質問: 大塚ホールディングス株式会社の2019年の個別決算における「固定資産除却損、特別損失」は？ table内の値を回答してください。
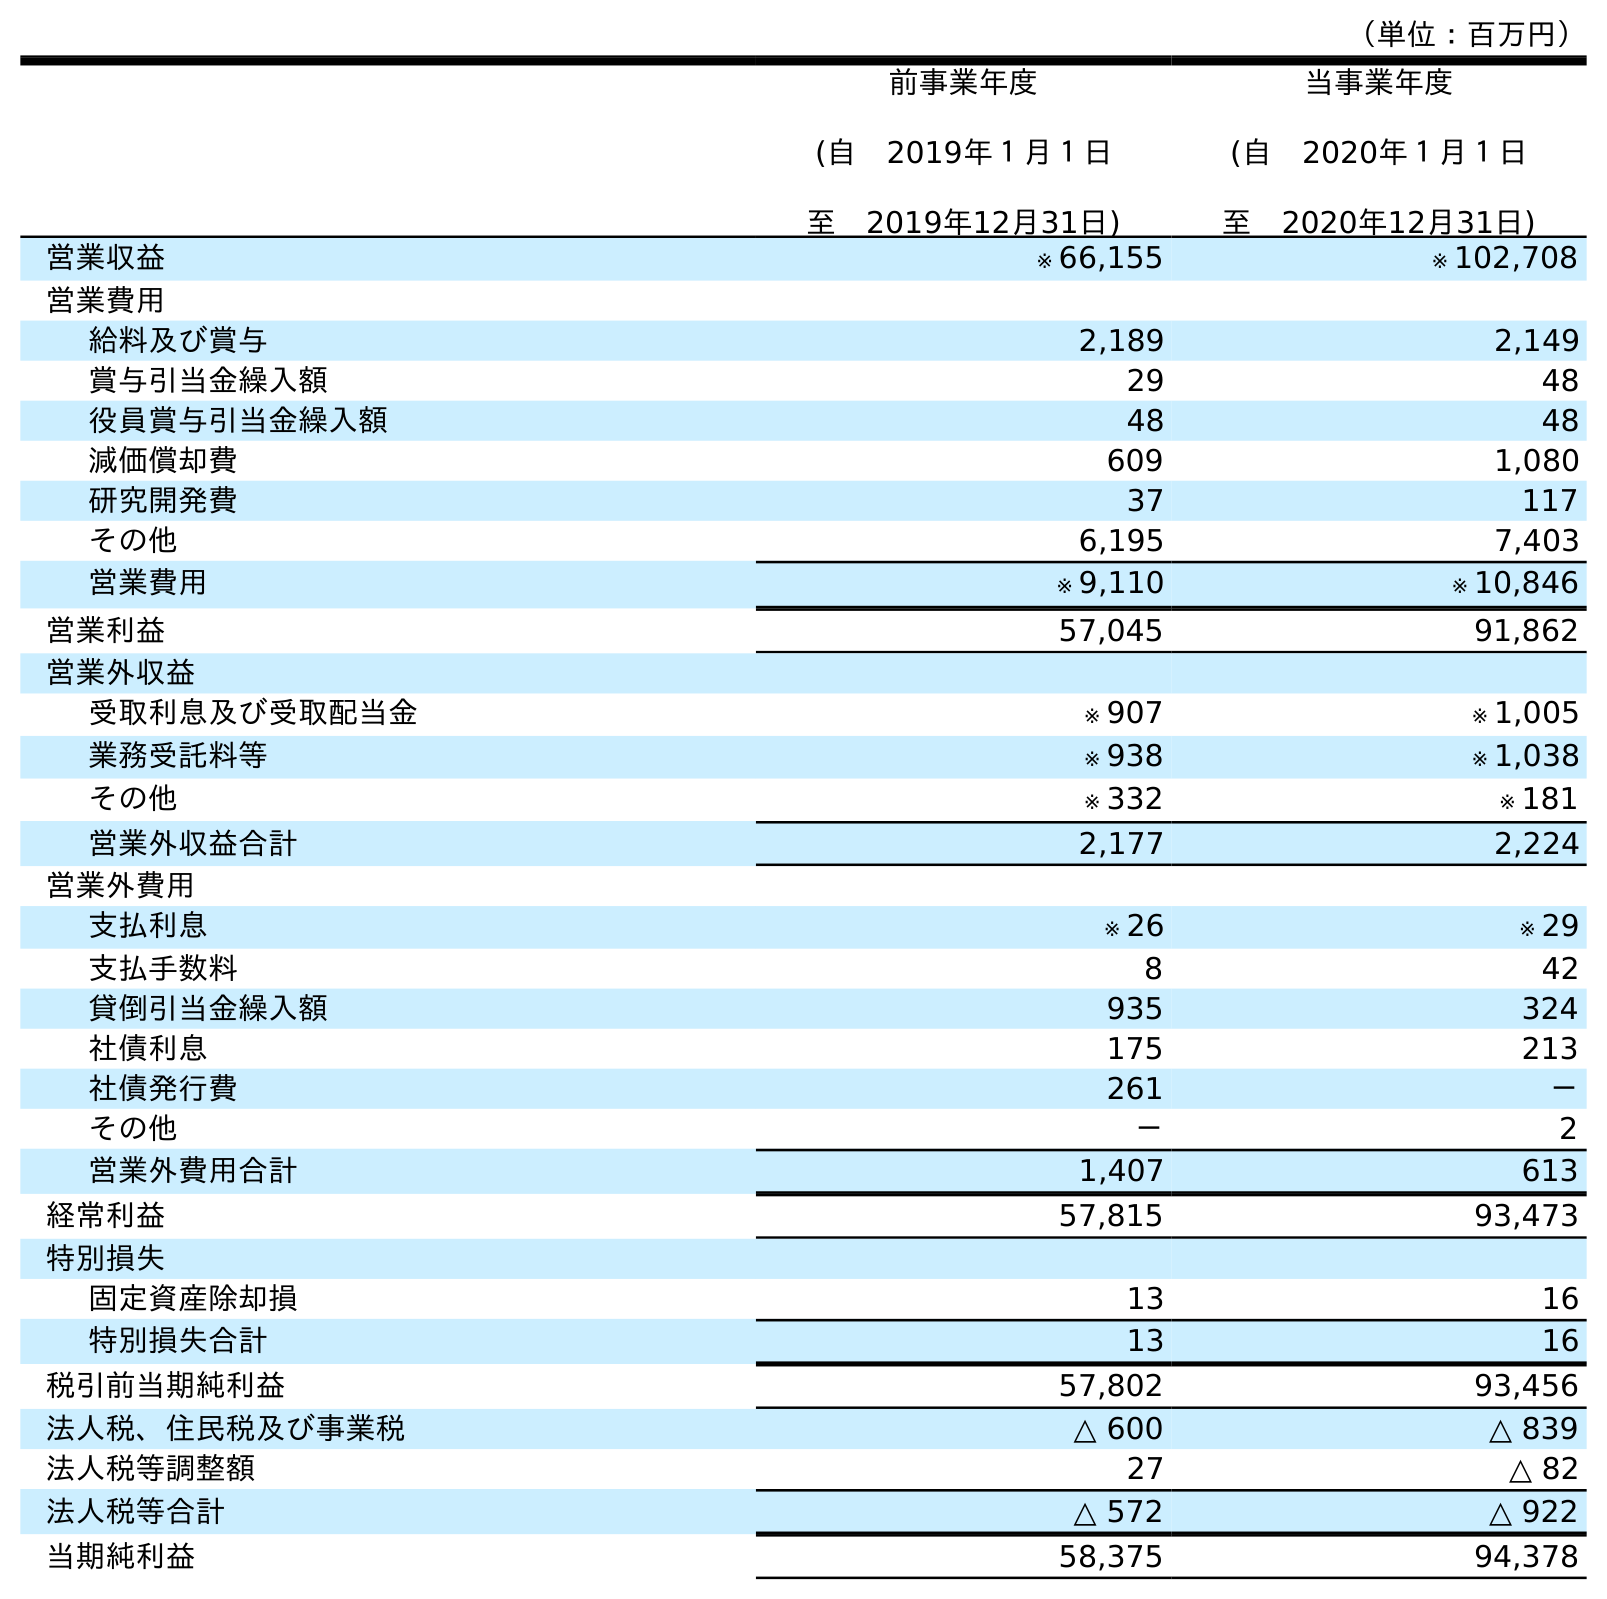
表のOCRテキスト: （単位：百万円） 前事業年度 (自 2019年１月１日 至 2019年12月31日) 当事業年度 (自 2020年１月１日 至 2020年12月31日) 営業収益 ※ 66,155 ※ 102,708 営業費用 給料及び賞与 2,189 2,149 賞与引当金繰入額 29 48 役員賞与引当金繰入額 48 48 減価償却費 609 1,080 研究開発費 37 117 その他 6,195 7,403 営業費用 ※ 9,110 ※ 10,846 営業利益 57,045 91,862 営業外収益 受取利息及び受取配当金 ※ 907 ※ 1,005 業務受託料等 ※ 938 ※ 1,038 その他 ※ 332 ※ 181 営業外収益合計 2,177 2,224 営業外費用 支払利息 ※ 26 ※ 29 支払手数料 8 42 貸倒引当金繰入額 935 324 社債利息 175 213 社債発行費 261 － その他 － 2 営業外費用合計 1,407 613 経常利益 57,815 93,473 特別損失 固定資産除却損 13 16 特別損失合計 13 16 税引前当期純利益 57,802 93,456 法人税、住民税及び事業税 △ 600 △ 839 法人税等調整額 27 △ 82 法人税等合計 △ 572 △ 922 当期純利益 58,375 94,378
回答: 13